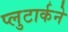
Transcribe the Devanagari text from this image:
प्लुटार्कने